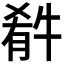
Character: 𤚁